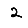
Digit: 2